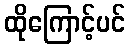
ထိုကြောင့်ပင်